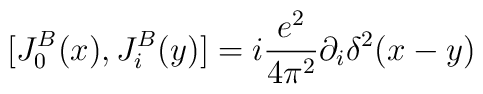
[J^B_0(x),J^B_i(y)]=i{e^2\over 4\pi^2}\partial_i\delta^2(x-y)